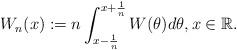
LaTeX: \begin{align*}W_n(x):=n\int_{x-\frac{1}{n}}^{x+\frac{1}{n}}W(\theta)d\theta,x\in\mathbb{R}.\end{align*}